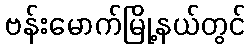
ဗန်းမောက်မြို့နယ်တွင်